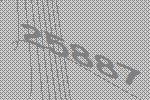
25887